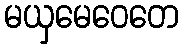
မယှမေဝေတေ